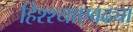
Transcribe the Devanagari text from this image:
हिश्श्याएवढ्या